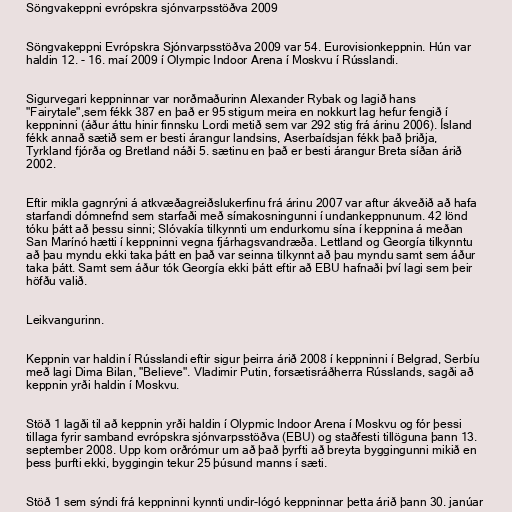
Söngvakeppni evrópskra sjónvarpsstöðva 2009

Söngvakeppni Evrópskra Sjónvarpsstöðva 2009 var 54. Eurovisionkeppnin. Hún var
haldin 12. - 16. maí 2009 í Olympic Indoor Arena í Moskvu í Rússlandi.

Sigurvegari keppninnar var norðmaðurinn Alexander Rybak og lagið hans
"Fairytale",sem fékk 387 en það er 95 stigum meira en nokkurt lag hefur fengið í
keppninni (áður áttu hinir finnsku Lordi metið sem var 292 stig frá árinu 2006). Ísland
fékk annað sætið sem er besti árangur landsins, Aserbaídsjan fékk það þriðja,
Tyrkland fjórða og Bretland náði 5. sætinu en það er besti árangur Breta síðan árið
2002.

Eftir mikla gagnrýni á atkvæðagreiðslukerfinu frá árinu 2007 var aftur ákveðið að hafa
starfandi dómnefnd sem starfaði með símakosningunni í undankeppnunum. 42 lönd
tóku þátt að þessu sinni; Slóvakía tilkynnti um endurkomu sína í keppnina á meðan
San Marínó hætti í keppninni vegna fjárhagsvandræða. Lettland og Georgía tilkynntu
að þau myndu ekki taka þátt en það var seinna tilkynnt að þau myndu samt sem áður
taka þátt. Samt sem áður tók Georgía ekki þátt eftir að EBU hafnaði því lagi sem þeir
höfðu valið.

Leikvangurinn.

Keppnin var haldin í Rússlandi eftir sigur þeirra árið 2008 í keppninni í Belgrad, Serbíu
með lagi Dima Bilan, "Believe". Vladimir Putin, forsætisráðherra Rússlands, sagði að
keppnin yrði haldin í Moskvu.

Stöð 1 lagði til að keppnin yrði haldin í Olypmic Indoor Arena í Moskvu og fór þessi
tillaga fyrir samband evrópskra sjónvarpsstöðva (EBU) og staðfesti tillöguna þann 13.
september 2008. Upp kom orðrómur um að það þyrfti að breyta byggingunni mikið en
þess þurfti ekki, byggingin tekur 25 þúsund manns í sæti.

Stöð 1 sem sýndi frá keppninni kynnti undir-lógó keppninnar þetta árið þann 30. janúar